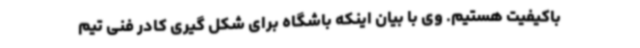
باکیفیت هستیم. وی با بیان اینکه باشگاه برای شکل گیری کادر فنی تیم